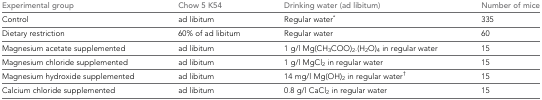
<table><thead><tr><td><b>Experimental group</b></td><td><b>Chow 5 K54</b></td><td><b>Drinking water (ad libitum)</b></td><td><b>Number of mice</b></td></tr></thead><tbody><tr><td>Control</td><td>ad libitum</td><td>Regular water<sup>*</sup></td><td>335</td></tr><tr><td>Dietary restriction</td><td>60% of ad libitum</td><td>Regular water</td><td>60</td></tr><tr><td>Magnesium acetate supplemented</td><td>ad libitum</td><td>1 g/l Mg(CH<sub>3</sub>COO)<sub>2</sub>.(H<sub>2</sub>O)<sub>4</sub> in regular water</td><td>15</td></tr><tr><td>Magnesium chloride supplemented</td><td>ad libitum</td><td>1 g/l MgCl<sub>2</sub> in regular water</td><td>15</td></tr><tr><td>Magnesium hydroxide supplemented</td><td>ad libitum</td><td>14 mg/l Mg(OH)<sub>2</sub> in regular water<sup>†</sup></td><td>15</td></tr><tr><td>Calcium chloride supplemented</td><td>ad libitum</td><td>0.8 g/l CaCl<sub>2</sub> in regular water</td><td>15</td></tr></tbody></table>